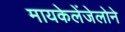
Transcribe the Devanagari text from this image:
मायकेलेंजेलोने